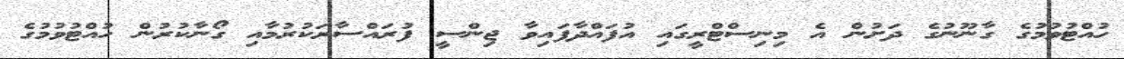
ހުއްޓުވުމުގެ ގާނޫނުގެ ދަށުން އެ މިނިސްޓްރީގައި އުފައްދާފައިވާ ޖިންސީ ފުރައްސާރަކުރުމާއި ގޯނާކުރުން ހުއްޓުވުމުގެ